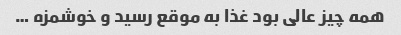
همه چیز عالی بود غذا به موقع رسید و خوشمزه …